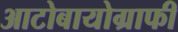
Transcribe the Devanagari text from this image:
आटोबायोग्राफी